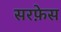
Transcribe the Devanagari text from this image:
सरफ़ेस